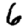
Digit: 6